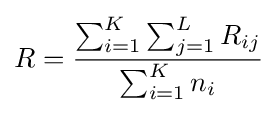
R={\frac {\sum _{i=1}^{K}\sum _{j=1}^{L}R_{ij}}{\sum _{i=1}^{K}n_{i}}}